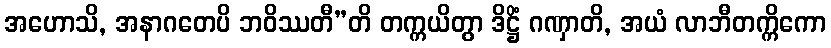
အဟောသိ, အနာဂတေပိ ဘဝိဿတီ”တိ တက္ကယိတွာ ဒိဋ္ဌိံ ဂဏှာတိ, အယံ လာဘီတက္ကိကော